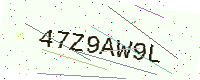
Text: 47Z9AW9L